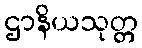
ဌာနိယသုတ္တ